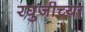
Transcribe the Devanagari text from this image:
रघुजीच्या